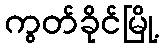
ကွတ်ခိုင်မြို့